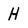
Character: H